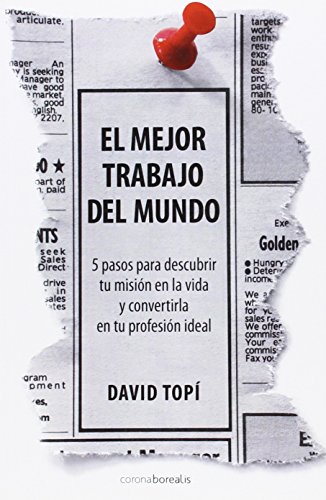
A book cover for El Mejor Trabajo del Mundo: 5 Steps to discovering your mission in life and turning it into your ideal job (Ecologia Mental) (Spanish Edition); David Topi; Religion & Spirituality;